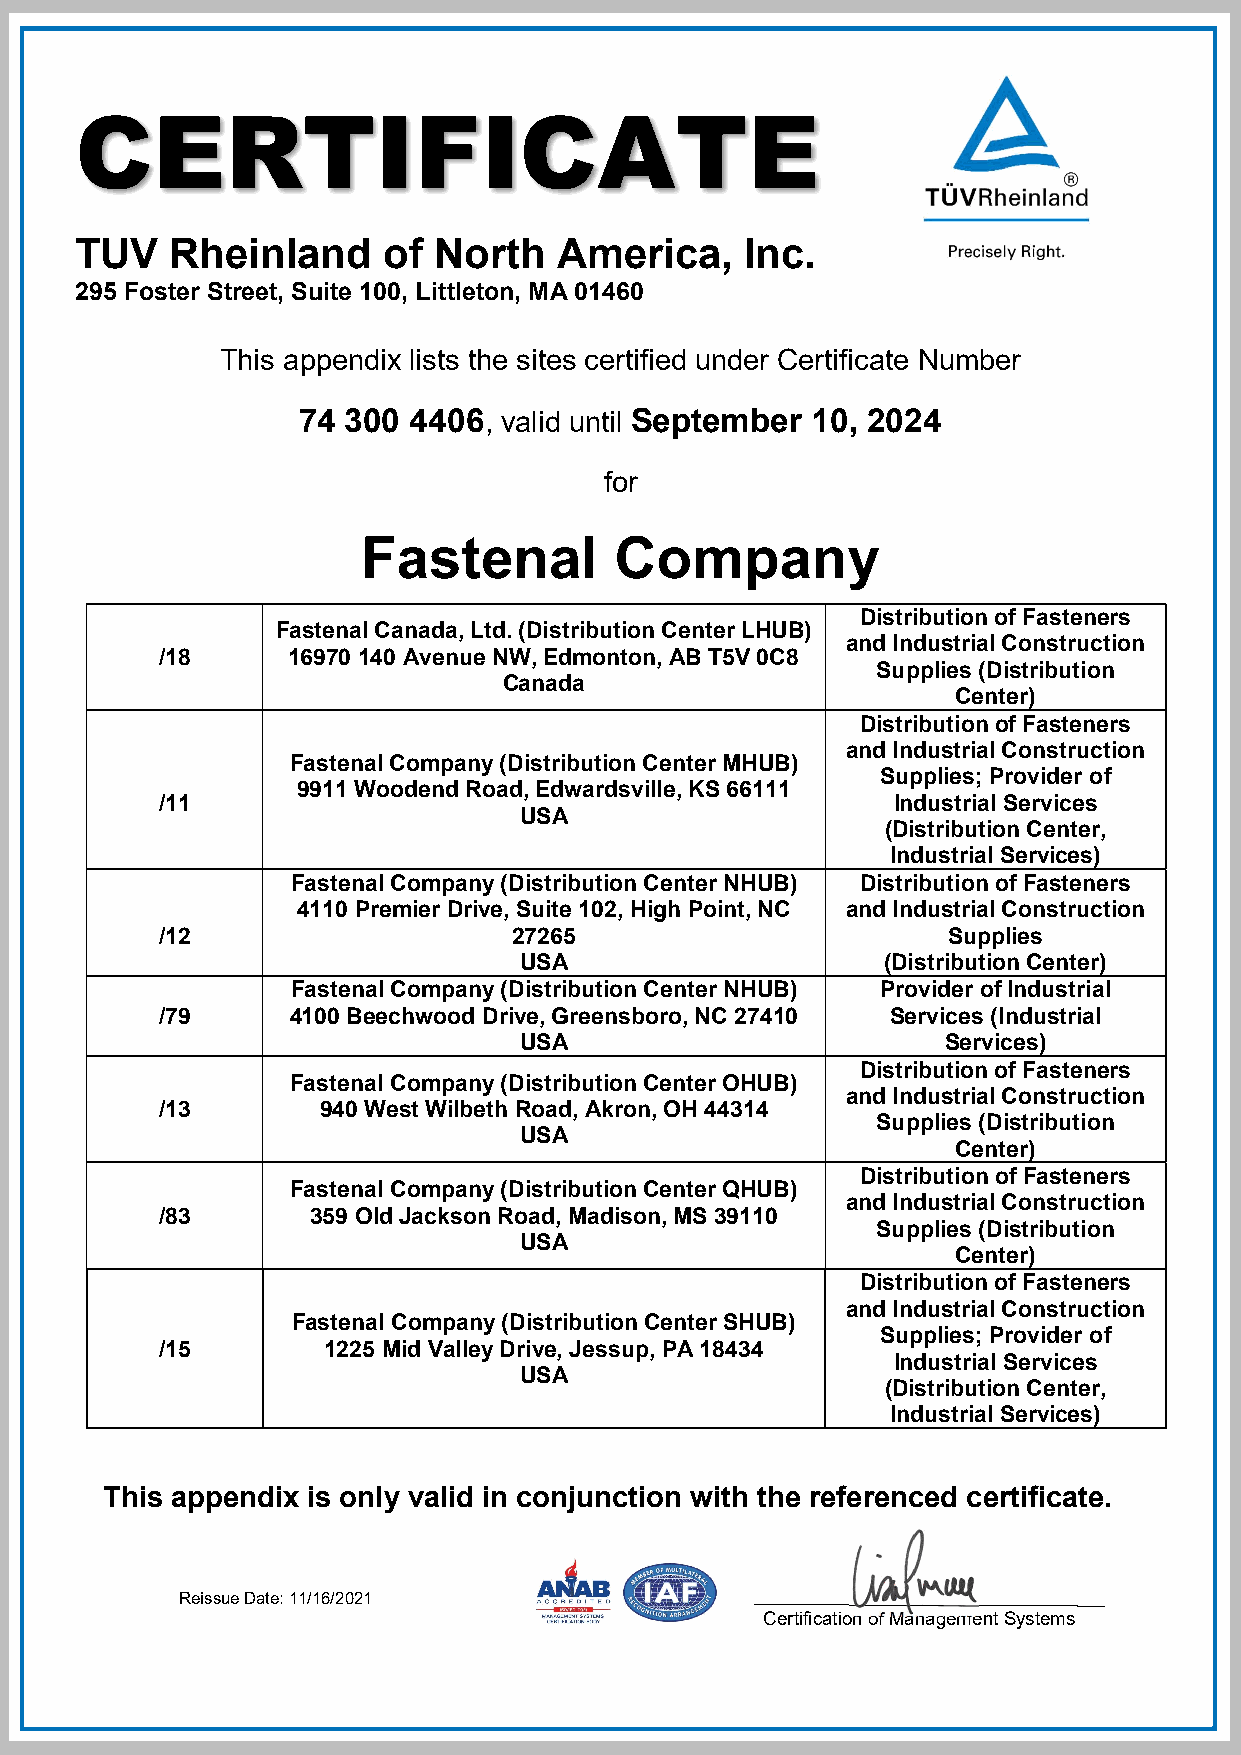
CERTIFICATE
 TUV   Rheinland     of  North   America,    Inc.
 295 Foster Street, Suite 100, Littleton, MA 01460
 This appendix lists the sites certified under Certificate Number
 74 300 4406, valid until September 10, 2024
 for
 Fastenal         Company
 Distribution of Fasteners
 Fastenal Canada, Ltd. (Distribution Center LHUB)
 and Industrial Construction
 /18     16970 140 Avenue NW, Edmonton, AB T5V 0C8
 Supplies (Distribution
 Canada
 Center)
 Distribution of Fasteners
 and Industrial Construction
 Fastenal Company (Distribution Center MHUB)
 Supplies; Provider of
 9911 Woodend Road, Edwardsville, KS 66111
 /11                                             Industrial Services
 USA
 (Distribution Center,
 Industrial Services)
 Fastenal Company (Distribution Center NHUB) Distribution of Fasteners
 4110 Premier Drive, Suite 102, High Point, NC and Industrial Construction
 /12                    27265                        Supplies
 USA                     (Distribution Center)
 Fastenal Company (Distribution Center NHUB) Provider of Industrial
 /79     4100 Beechwood Drive, Greensboro, NC 27410 Services (Industrial
 USA                         Services)
 Distribution of Fasteners
 Fastenal Company (Distribution Center OHUB)
 and Industrial Construction
 /13       940 West Wilbeth Road, Akron, OH 44314
 Supplies (Distribution
 USA
 Center)
 Distribution of Fasteners
 Fastenal Company (Distribution Center QHUB)
 and Industrial Construction
 /83       359 Old Jackson Road, Madison, MS 39110
 Supplies (Distribution
 USA
 Center)
 Distribution of Fasteners
 and Industrial Construction
 Fastenal Company (Distribution Center SHUB)
 Supplies; Provider of
 /15       1225 Mid Valley Drive, Jessup, PA 18434
 Industrial Services
 USA
 (Distribution Center,
 Industrial Services)
 This appendix is only valid in conjunction with the referenced certificate.
 Reissue Date: 11/16/2021
 Certification of Management Systems